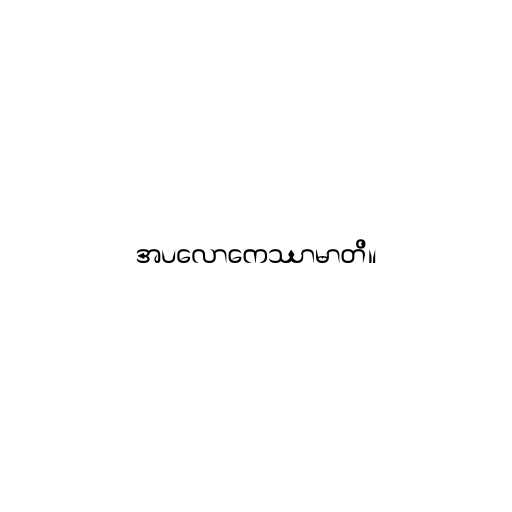
အပလောကေဿာမာတိ။